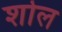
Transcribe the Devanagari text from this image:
शोल